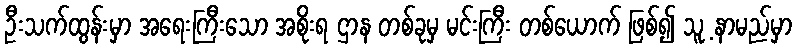
ဦးသက်ထွန်းမှာ အရေးကြီးသော အစိုးရ ဌာန တစ်ခုမှ မင်းကြီး တစ်ယောက် ဖြစ်၍ သူ့ နာမည်မှာ